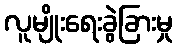
လူမျိုးရေးခွဲခြားမှု